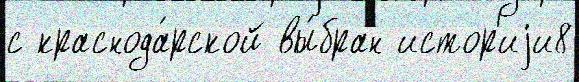
с краснода́рской вы́бран истор'иjи8